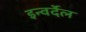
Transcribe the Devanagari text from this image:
इन्वर्देल